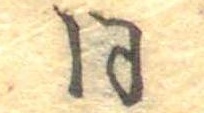
同